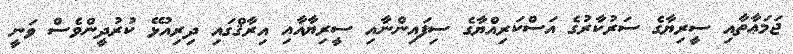
ޖަމަޢާތާއި ސީރިޔާގެ ސަރުކާރުގެ އަސްކަރިއްޔާގެ ސިފައިންނާއި ސީރިޔާއާއި އިރާޤްގައި ދިރިއުޅޭ ކުރުދީންވެސް ވަނީ